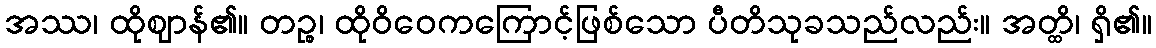
အဿ၊ ထိုဈာန်၏။ တဉ္စ၊ ထိုဝိဝေကကြောင့်ဖြစ်သော ပီတိသုခသည်လည်း။ အတ္ထိ၊ ရှိ၏။